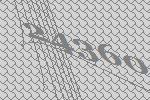
24360